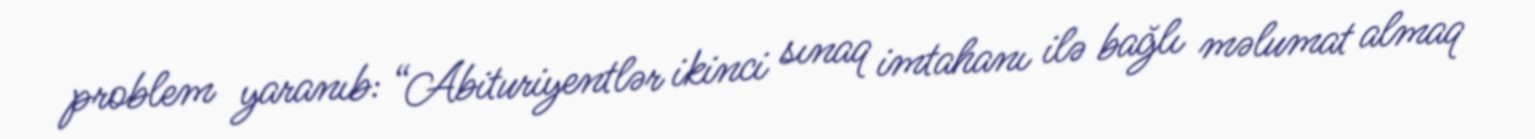
problem yaranıb: “Abituriyentlər ikinci sınaq imtahanı ilə bağlı məlumat almaq